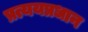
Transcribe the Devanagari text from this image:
प्रत्ययप्रधान